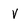
Character: V